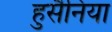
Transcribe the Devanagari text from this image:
हुसैनिया